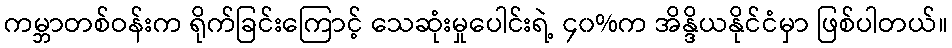
ကမ္ဘာတစ်ဝန်းက ရိုက်ခြင်းကြောင့် သေဆုံးမှုပေါင်းရဲ့ ၄၀%က အိန္ဒိယနိုင်ငံမှာ ဖြစ်ပါတယ်။